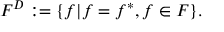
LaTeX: { \cal F } ^ { D } : = \{ f | f = f ^ { * } , f \in { \cal F } \} .